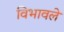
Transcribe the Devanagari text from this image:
विभावले